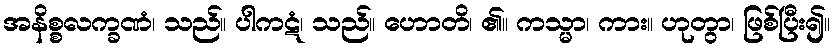
အနိစ္စလက္ခဏံ၊ သည်။ ပါကဋံ၊ သည်။ ဟောတိ၊ ၏။ ကသ္မာ၊ ကား။ ဟုတွာ၊ ဖြစ်ပြီး၍။